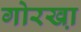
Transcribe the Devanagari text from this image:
गोरखा़